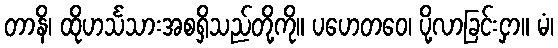
တာနိ၊ ထိုဟင်္သသားအစရှိသည်တို့ကို။ ပဟေတဝေ၊ ပို့လာခြင်းငှာ။ မံ၊